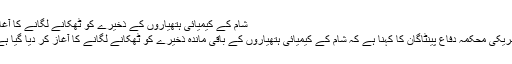
شام کے کیمیائی ہتھیاروں کے ذخیرے کو ٹھکانے لگانے کا آغاز
امریکی محکمہ دفاع پینٹاگان کا کہنا ہے کہ شام کے کیمیائی ہتھیاروں کے باقی ماندہ ذخیرے کو ٹھکانے لگانے کا آغاز کر دیا گیا ہے۔